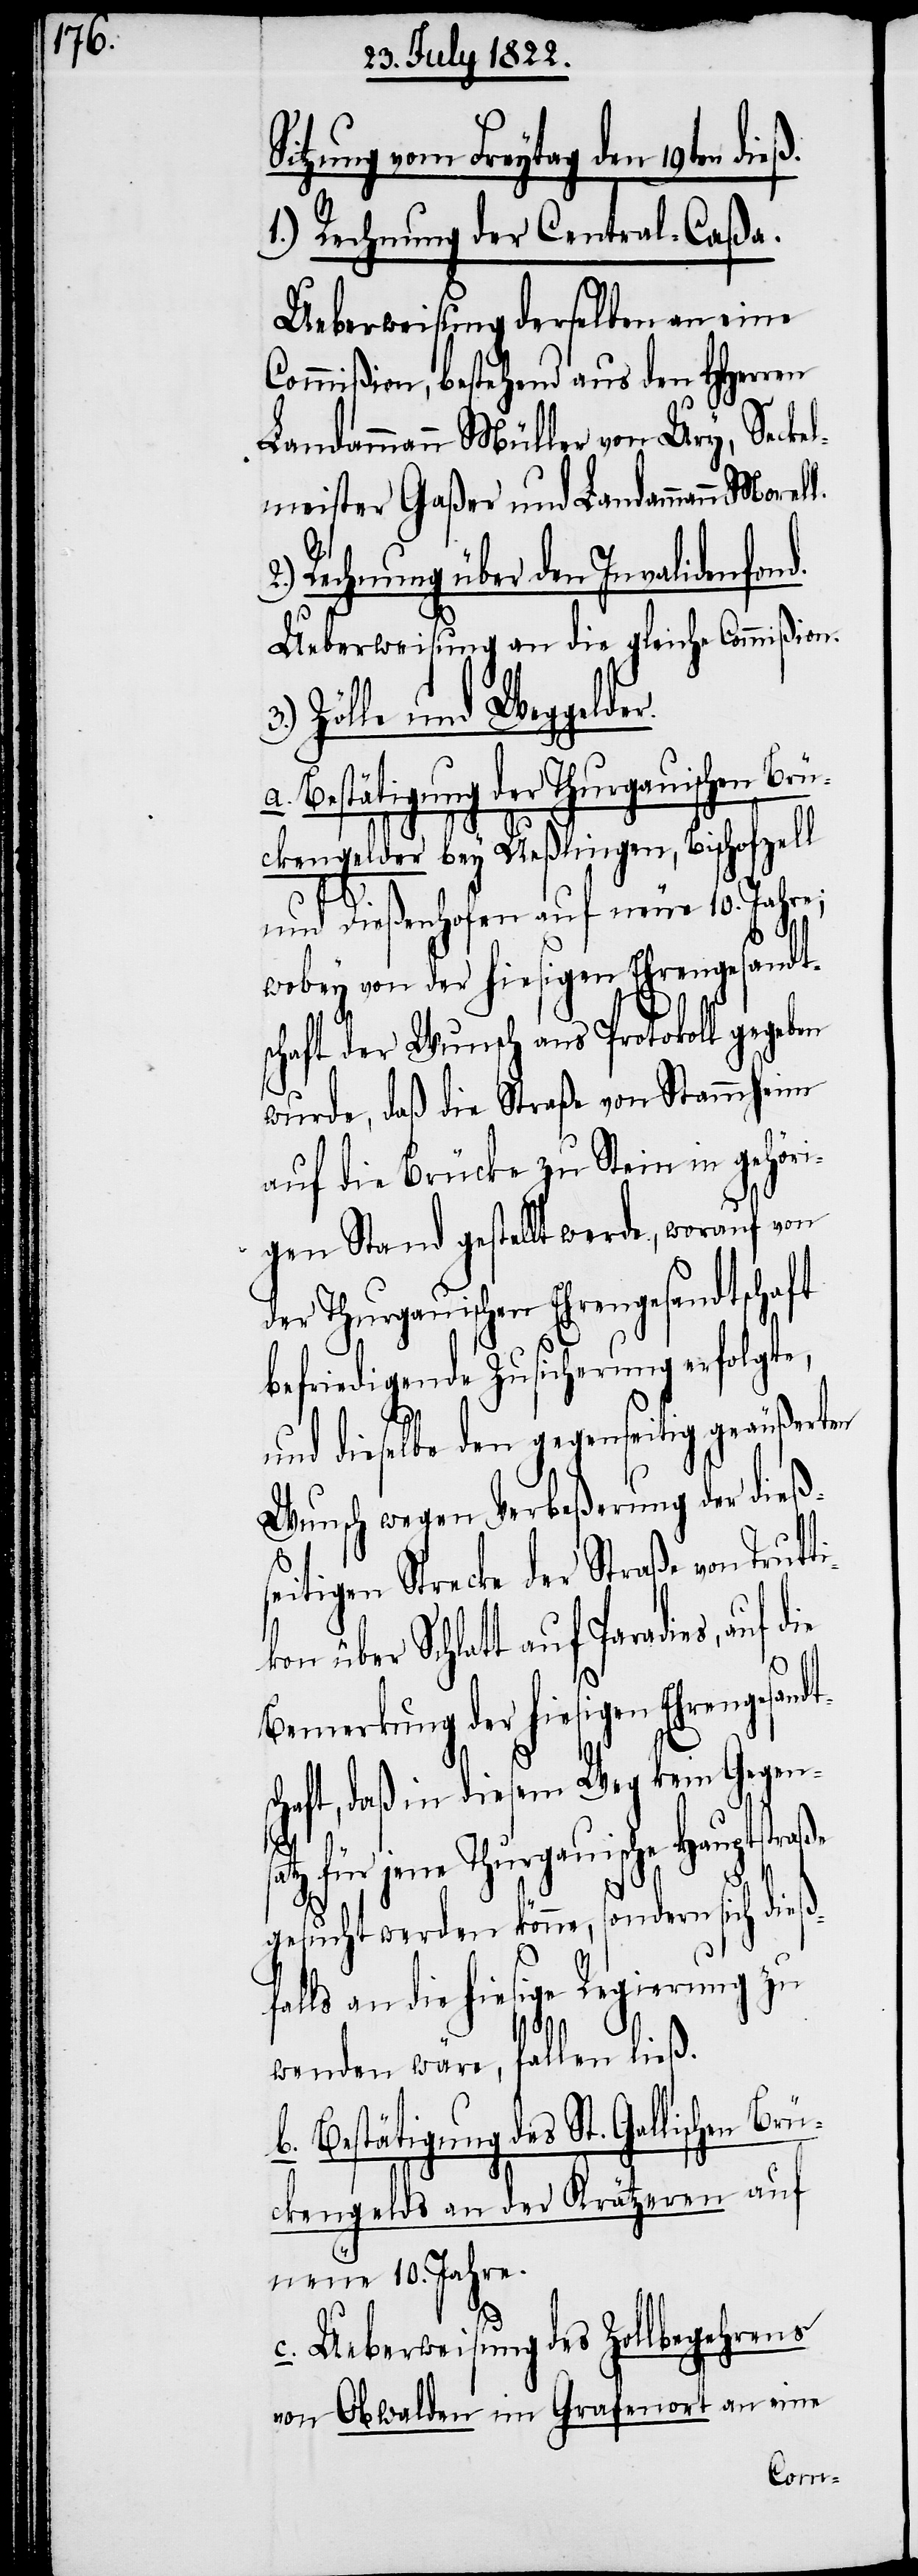
itzung vom Freytag den 19ten
1.) Rechnung der Central-Caßa.
Ueberweisung derselben an eine
Commißion, bestehend aus den HHerren
Landammann Müller von Ury, Seckel¬
meister Gaßer und Landammann Morel¬
Rechnung über den Invalidenfond.
Ueberweisung an die gleiche Commißion.
Zölle und Weggelder.
Straße von Truttikon über
ckengelder bey Ueßlingen, Bischofszell
fa¬
und Dießenhofen auf neue 10. Jahre;
wobey von der hiesigen Ehrengesandts¬
chaft der Wunsch ans Protokoll gege¬
wurde, daß die Straße von Stammheim
auf die Brücke zu Stein in gehöri¬
gen Stand gestellt werde, worauf von
der Thurgauischen Ehrengesandtschaft
befriedigende Zusicherung erfolgte,
und dieselbe den gegenseitig geäußerten
Wunsch wegen Verbeßerung der dieß¬
aße
Bemerkung der hiesigen Ehrengesan¬
haft, daß in diesem Weg kein Gegen¬
für jene Thurgauische Hauptstr¬
gesucht werden könne, sondern sich dieß¬
lls an die hiesige Regierung zu
wenden wäre, fallen ließ.
b. Bestätigung des St. Gallischen Br¬
ückengelds an der Krätzeren auf
neue 10. Jahre.
c. Ueberweisung des Zollbegehrens
von Obwalden im Grafenort an eine